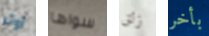
أوثر سواها زلق بأخر